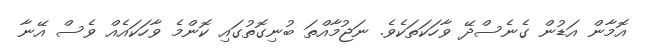
އޮމާން އަޑުން ގެނެސްދޭ ވާހަކަތަކެވެ. ނަޖުމާއްތަ ބުނިގޮތުގައި ކޮންމެ ވާހަކައެއް ވެސް އޭނާ